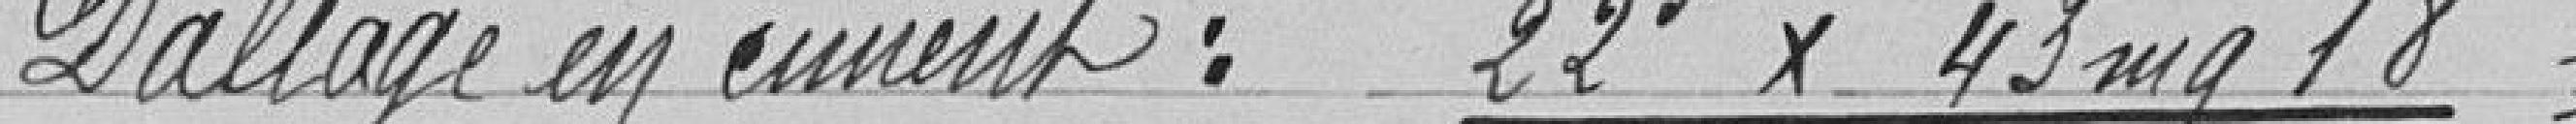
Dallage en ciment : 22 x 43 mq 18